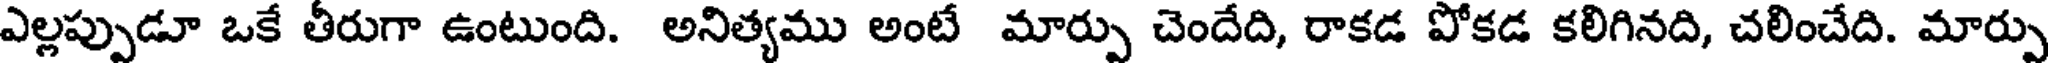
ఎల్లప్పుడూ ఒకే తీరుగా ఉంటుంది. అనిత్యము అంటే మార్పు చెందేది, రాకడ పోకడ కలిగినది, చలించేది. మార్పు